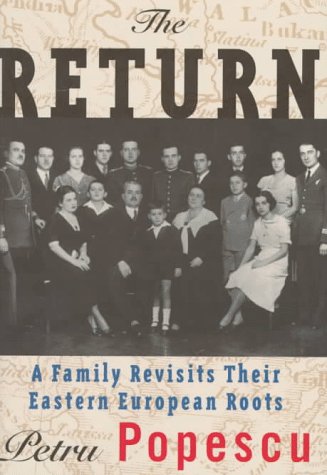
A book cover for The Return; Petru Popescu; Travel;